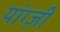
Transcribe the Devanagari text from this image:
यांग्ज़ी